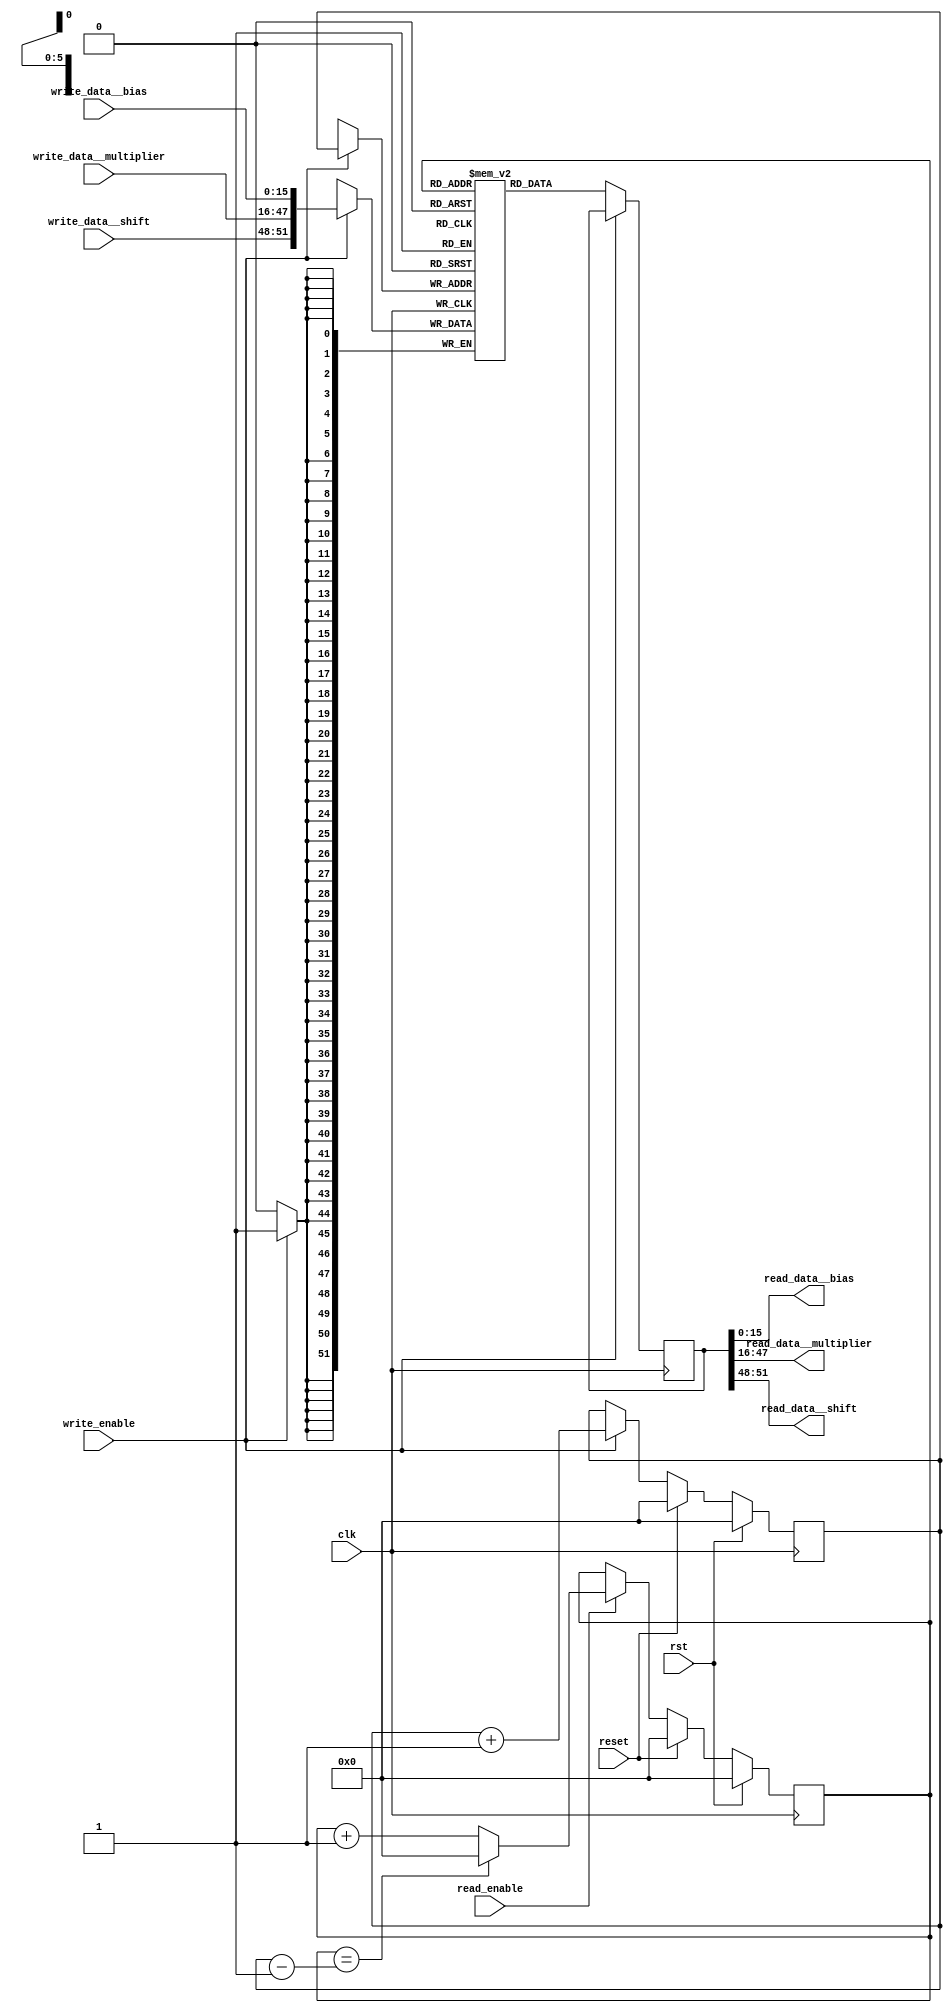
module op_store(write_data__multiplier, write_data__shift, write_enable, reset, read_data__bias, read_data__multiplier, read_data__shift, read_enable, rst, clk, write_data__bias);
  reg \initial  = 0;
  (* src = "/media/tim/GIT/tcal-x/CFU-Playground/proj/hps_accel/gateware/gen1/post_process.py:199" *)
  wire [6:0] \$11 ;
  (* src = "/media/tim/GIT/tcal-x/CFU-Playground/proj/hps_accel/gateware/gen1/post_process.py:199" *)
  wire [6:0] \$12 ;
  (* src = "/media/tim/GIT/tcal-x/CFU-Playground/proj/hps_accel/gateware/gen1/post_process.py:189" *)
  wire [6:0] \$2 ;
  (* src = "/media/tim/GIT/tcal-x/CFU-Playground/proj/hps_accel/gateware/gen1/post_process.py:189" *)
  wire [6:0] \$3 ;
  (* src = "/media/tim/GIT/tcal-x/CFU-Playground/proj/hps_accel/gateware/gen1/post_process.py:191" *)
  wire \$5 ;
  (* src = "/media/tim/GIT/tcal-x/CFU-Playground/proj/hps_accel/gateware/gen1/post_process.py:196" *)
  wire [6:0] \$7 ;
  (* src = "/media/tim/GIT/tcal-x/CFU-Playground/proj/hps_accel/gateware/gen1/post_process.py:196" *)
  wire \$9 ;
  (* src = "/media/tim/GIT/tcal-x/CFU-Playground/third_party/python/nmigen/nmigen/hdl/ir.py:524" *)
  input clk;
  (* src = "/media/tim/GIT/tcal-x/CFU-Playground/proj/hps_accel/gateware/gen1/post_process.py:179" *)
  wire [5:0] memory_r_addr;
  (* src = "/media/tim/GIT/tcal-x/CFU-Playground/proj/hps_accel/gateware/gen1/post_process.py:179" *)
  wire [51:0] memory_r_data;
  (* src = "/media/tim/GIT/tcal-x/CFU-Playground/proj/hps_accel/gateware/gen1/post_process.py:179" *)
  wire memory_r_en;
  (* src = "/media/tim/GIT/tcal-x/CFU-Playground/proj/hps_accel/gateware/gen1/post_process.py:178" *)
  wire [5:0] memory_w_addr;
  (* src = "/media/tim/GIT/tcal-x/CFU-Playground/proj/hps_accel/gateware/gen1/post_process.py:178" *)
  wire [51:0] memory_w_data;
  (* src = "/media/tim/GIT/tcal-x/CFU-Playground/proj/hps_accel/gateware/gen1/post_process.py:178" *)
  wire memory_w_en;
  (* src = "/media/tim/GIT/tcal-x/CFU-Playground/proj/hps_accel/gateware/gen1/post_process.py:172" *)
  output [15:0] read_data__bias;
  (* src = "/media/tim/GIT/tcal-x/CFU-Playground/proj/hps_accel/gateware/gen1/post_process.py:172" *)
  output [31:0] read_data__multiplier;
  (* src = "/media/tim/GIT/tcal-x/CFU-Playground/proj/hps_accel/gateware/gen1/post_process.py:172" *)
  output [3:0] read_data__shift;
  (* src = "/media/tim/GIT/tcal-x/CFU-Playground/proj/hps_accel/gateware/gen1/post_process.py:171" *)
  input read_enable;
  (* src = "/media/tim/GIT/tcal-x/CFU-Playground/proj/hps_accel/gateware/gen1/post_process.py:183" *)
  reg [5:0] read_index = 6'h00;
  (* src = "/media/tim/GIT/tcal-x/CFU-Playground/proj/hps_accel/gateware/gen1/post_process.py:183" *)
  reg [5:0] \read_index$next ;
  (* src = "/media/tim/GIT/tcal-x/CFU-Playground/proj/hps_accel/gateware/gen1/post_process.py:168" *)
  input reset;
  (* src = "/media/tim/GIT/tcal-x/CFU-Playground/third_party/python/nmigen/nmigen/hdl/ir.py:524" *)
  input rst;
  (* src = "/media/tim/GIT/tcal-x/CFU-Playground/proj/hps_accel/gateware/gen1/post_process.py:170" *)
  input [15:0] write_data__bias;
  (* src = "/media/tim/GIT/tcal-x/CFU-Playground/proj/hps_accel/gateware/gen1/post_process.py:170" *)
  input [31:0] write_data__multiplier;
  (* src = "/media/tim/GIT/tcal-x/CFU-Playground/proj/hps_accel/gateware/gen1/post_process.py:170" *)
  input [3:0] write_data__shift;
  (* src = "/media/tim/GIT/tcal-x/CFU-Playground/proj/hps_accel/gateware/gen1/post_process.py:169" *)
  input write_enable;
  (* src = "/media/tim/GIT/tcal-x/CFU-Playground/proj/hps_accel/gateware/gen1/post_process.py:182" *)
  reg [5:0] write_index = 6'h00;
  (* src = "/media/tim/GIT/tcal-x/CFU-Playground/proj/hps_accel/gateware/gen1/post_process.py:182" *)
  reg [5:0] \write_index$next ;
  reg [51:0] memory [63:0];
  initial begin
    memory[0] = 52'h0000000000000;
    memory[1] = 52'h0000000000000;
    memory[2] = 52'h0000000000000;
    memory[3] = 52'h0000000000000;
    memory[4] = 52'h0000000000000;
    memory[5] = 52'h0000000000000;
    memory[6] = 52'h0000000000000;
    memory[7] = 52'h0000000000000;
    memory[8] = 52'h0000000000000;
    memory[9] = 52'h0000000000000;
    memory[10] = 52'h0000000000000;
    memory[11] = 52'h0000000000000;
    memory[12] = 52'h0000000000000;
    memory[13] = 52'h0000000000000;
    memory[14] = 52'h0000000000000;
    memory[15] = 52'h0000000000000;
    memory[16] = 52'h0000000000000;
    memory[17] = 52'h0000000000000;
    memory[18] = 52'h0000000000000;
    memory[19] = 52'h0000000000000;
    memory[20] = 52'h0000000000000;
    memory[21] = 52'h0000000000000;
    memory[22] = 52'h0000000000000;
    memory[23] = 52'h0000000000000;
    memory[24] = 52'h0000000000000;
    memory[25] = 52'h0000000000000;
    memory[26] = 52'h0000000000000;
    memory[27] = 52'h0000000000000;
    memory[28] = 52'h0000000000000;
    memory[29] = 52'h0000000000000;
    memory[30] = 52'h0000000000000;
    memory[31] = 52'h0000000000000;
    memory[32] = 52'h0000000000000;
    memory[33] = 52'h0000000000000;
    memory[34] = 52'h0000000000000;
    memory[35] = 52'h0000000000000;
    memory[36] = 52'h0000000000000;
    memory[37] = 52'h0000000000000;
    memory[38] = 52'h0000000000000;
    memory[39] = 52'h0000000000000;
    memory[40] = 52'h0000000000000;
    memory[41] = 52'h0000000000000;
    memory[42] = 52'h0000000000000;
    memory[43] = 52'h0000000000000;
    memory[44] = 52'h0000000000000;
    memory[45] = 52'h0000000000000;
    memory[46] = 52'h0000000000000;
    memory[47] = 52'h0000000000000;
    memory[48] = 52'h0000000000000;
    memory[49] = 52'h0000000000000;
    memory[50] = 52'h0000000000000;
    memory[51] = 52'h0000000000000;
    memory[52] = 52'h0000000000000;
    memory[53] = 52'h0000000000000;
    memory[54] = 52'h0000000000000;
    memory[55] = 52'h0000000000000;
    memory[56] = 52'h0000000000000;
    memory[57] = 52'h0000000000000;
    memory[58] = 52'h0000000000000;
    memory[59] = 52'h0000000000000;
    memory[60] = 52'h0000000000000;
    memory[61] = 52'h0000000000000;
    memory[62] = 52'h0000000000000;
    memory[63] = 52'h0000000000000;
  end
  always @(posedge clk) begin
    if (memory_w_en)
      memory[memory_w_addr] <= memory_w_data;
  end
  reg [51:0] _0_;
  always @(posedge clk) begin
    if (memory_r_en) begin
      _0_ <= memory[memory_r_addr];
    end
  end
  assign memory_r_data = _0_;
  assign \$9  = read_index == (* src = "/media/tim/GIT/tcal-x/CFU-Playground/proj/hps_accel/gateware/gen1/post_process.py:196" *) \$7 ;
  assign \$12  = read_index + (* src = "/media/tim/GIT/tcal-x/CFU-Playground/proj/hps_accel/gateware/gen1/post_process.py:199" *) 1'h1;
  assign \$3  = write_index + (* src = "/media/tim/GIT/tcal-x/CFU-Playground/proj/hps_accel/gateware/gen1/post_process.py:189" *) 1'h1;
  assign \$5  = ~ (* src = "/media/tim/GIT/tcal-x/CFU-Playground/proj/hps_accel/gateware/gen1/post_process.py:191" *) write_enable;
  assign \$7  = write_index - (* src = "/media/tim/GIT/tcal-x/CFU-Playground/proj/hps_accel/gateware/gen1/post_process.py:196" *) 1'h1;
  always @(posedge clk)
    read_index <= \read_index$next ;
  always @(posedge clk)
    write_index <= \write_index$next ;
  always @* begin
    if (\initial ) begin end
    \write_index$next  = write_index;
    (* src = "/media/tim/GIT/tcal-x/CFU-Playground/proj/hps_accel/gateware/gen1/post_process.py:188" *)
    casez (write_enable)
      /* src = "/media/tim/GIT/tcal-x/CFU-Playground/proj/hps_accel/gateware/gen1/post_process.py:188" */
      1'h1:
          \write_index$next  = \$3 [5:0];
    endcase
    (* src = "/media/tim/GIT/tcal-x/CFU-Playground/proj/hps_accel/gateware/gen1/post_process.py:201" *)
    casez (reset)
      /* src = "/media/tim/GIT/tcal-x/CFU-Playground/proj/hps_accel/gateware/gen1/post_process.py:201" */
      1'h1:
          \write_index$next  = 6'h00;
    endcase
    (* src = "/media/tim/GIT/tcal-x/CFU-Playground/third_party/python/nmigen/nmigen/hdl/xfrm.py:519" *)
    casez (rst)
      1'h1:
          \write_index$next  = 6'h00;
    endcase
  end
  always @* begin
    if (\initial ) begin end
    \read_index$next  = read_index;
    (* src = "/media/tim/GIT/tcal-x/CFU-Playground/proj/hps_accel/gateware/gen1/post_process.py:195" *)
    casez (read_enable)
      /* src = "/media/tim/GIT/tcal-x/CFU-Playground/proj/hps_accel/gateware/gen1/post_process.py:195" */
      1'h1:
          (* full_case = 32'd1 *)
          (* src = "/media/tim/GIT/tcal-x/CFU-Playground/proj/hps_accel/gateware/gen1/post_process.py:196" *)
          casez (\$9 )
            /* src = "/media/tim/GIT/tcal-x/CFU-Playground/proj/hps_accel/gateware/gen1/post_process.py:196" */
            1'h1:
                \read_index$next  = 6'h00;
            /* src = "/media/tim/GIT/tcal-x/CFU-Playground/proj/hps_accel/gateware/gen1/post_process.py:198" */
            default:
                \read_index$next  = \$12 [5:0];
          endcase
    endcase
    (* src = "/media/tim/GIT/tcal-x/CFU-Playground/proj/hps_accel/gateware/gen1/post_process.py:201" *)
    casez (reset)
      /* src = "/media/tim/GIT/tcal-x/CFU-Playground/proj/hps_accel/gateware/gen1/post_process.py:201" */
      1'h1:
          \read_index$next  = 6'h00;
    endcase
    (* src = "/media/tim/GIT/tcal-x/CFU-Playground/third_party/python/nmigen/nmigen/hdl/xfrm.py:519" *)
    casez (rst)
      1'h1:
          \read_index$next  = 6'h00;
    endcase
  end
  assign \$2  = \$3 ;
  assign \$11  = \$12 ;
  assign { read_data__shift, read_data__multiplier, read_data__bias } = memory_r_data;
  assign memory_r_addr = read_index;
  assign memory_r_en = \$5 ;
  assign memory_w_data = { write_data__shift, write_data__multiplier, write_data__bias };
  assign memory_w_addr = write_index;
  assign memory_w_en = write_enable;
endmodule